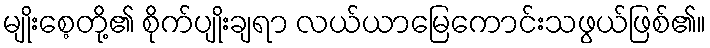
မျိုးစေ့တို့၏ စိုက်ပျိုးချရာ လယ်ယာမြေကောင်းသဖွယ်ဖြစ်၏။